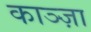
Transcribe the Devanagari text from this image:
काञ्ज़ा